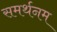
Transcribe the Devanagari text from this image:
समर्थनम